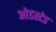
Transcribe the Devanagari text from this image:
ओडस्टेड